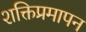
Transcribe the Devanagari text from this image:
शक्तिप्रमापन